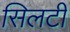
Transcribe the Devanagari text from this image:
सिलटी